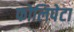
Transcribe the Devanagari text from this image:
फोलिपेटा